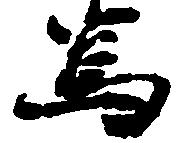
為